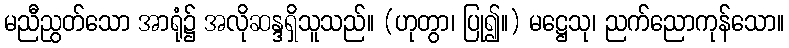
မညီညွတ်သော အာရုံ၌ အလိုဆန္ဒရှိသူသည်။ (ဟုတွာ၊ ပြု၍။) မဋ္ဌေသု၊ ညက်ညောကုန်သော။